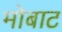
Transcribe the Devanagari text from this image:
मोबाट